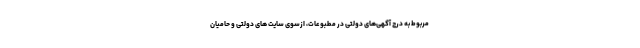
مربوط به درج آگهی‌های دولتی در مطبوعات، ازسوی سایت های دولتی و حامیان